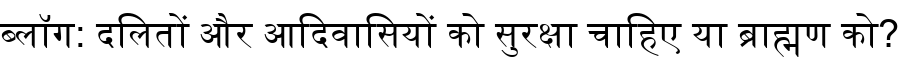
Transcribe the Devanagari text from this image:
ब्लॉग: दलितों और आदिवासियों को सुरक्षा चाहिए या ब्राह्मण को?